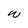
Character: W